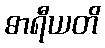
ဓာရီယတိ